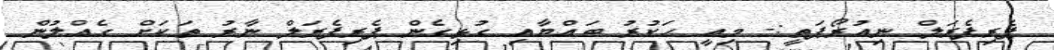
ޕެރިފެރަލް ނިއުރޯޕަތީ:- މިއީ ހަކުރު ބައްޔާއި ގުޅިގެން ޕެރިފެރަލް ނާރު ތަކަށް ގެއްލުން